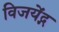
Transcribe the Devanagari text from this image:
विजयेंद्ग